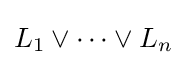
L_{1}\lor \cdots \lor L_{n}